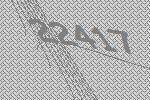
22417